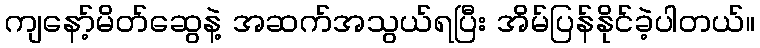
ကျနော့်မိတ်ဆွေနဲ့ အဆက်အသွယ်ရပြီး အိမ်ပြန်နိုင်ခဲ့ပါတယ်။